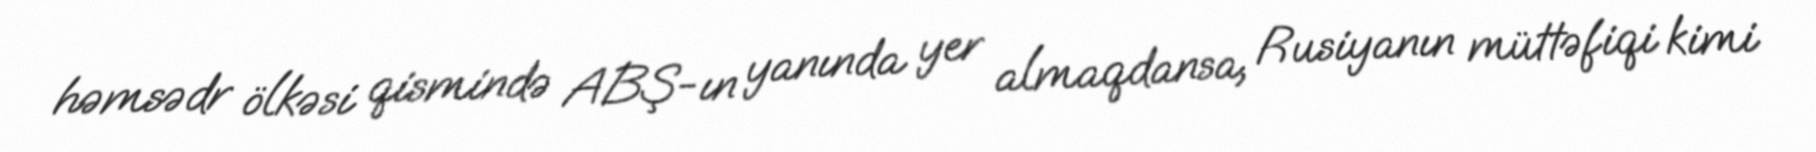
həmsədr ölkəsi qismində ABŞ-ın yanında yer almaqdansa, Rusiyanın müttəfiqi kimi